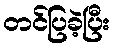
တင်ပြခဲ့ပြီး